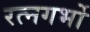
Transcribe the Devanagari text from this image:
रत्नगर्भो